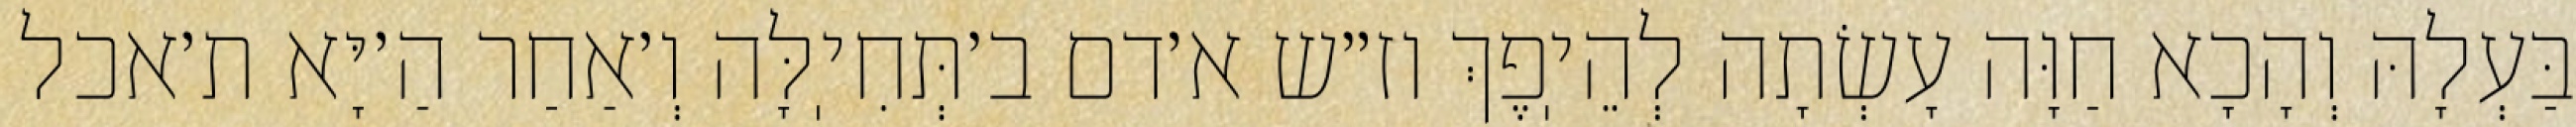
בַּעְלָהּ וְהָכָא חַוָּה עָשְׂתָה לְהֵיֽפֶךְ וז״ש א׳דם ב׳תְּחִיֽלָּה וְ׳אַחַר הַ׳יָּא ת׳אכל